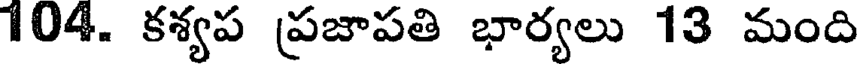
104. కశ్యప ప్రజాపతి భార్యలు 13 మంది